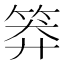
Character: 𥮎